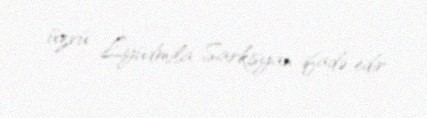
üzvü Lyüdmila Sarkisyan ifadə edir.